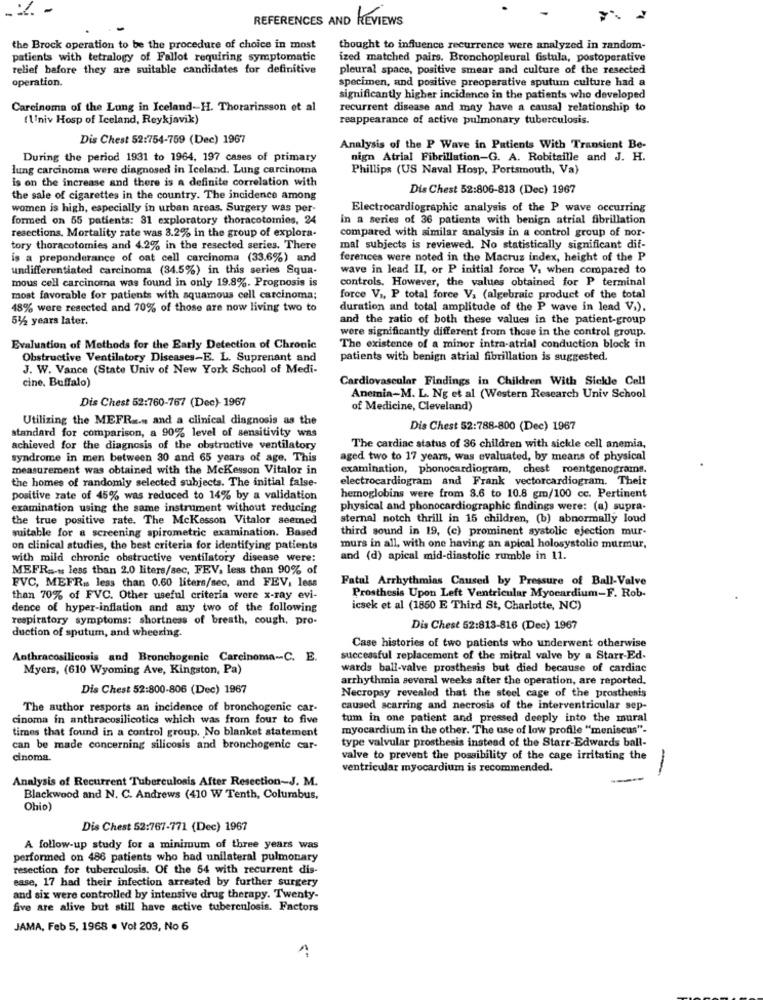
REFERENCES AND REVIEWS
the Brock operation to be the procedure of choice in most
thought to influence recurrence were analyzed in random-
patients with tetralogy of Fallot requiring symptomatic
ized matched pairs. Bronchopleural fistula, postoperative
relief before they are suitable candidates for definitive
pleural space, positive smear and culture of the resected
operation.
specimen, and positive preoperative sputum culture had a
significantly higher incidence in the patients who developed
Carcinoma of the Lung in Iceland-H. Thorarinsson et al
recurrent disease and may have a causal relationship to
(Univ Hosp of Iceland, Reykjavik)
reappearance of active pulmonary tuberculosis.
Dis Chest 52:754-759 (Dec) 1967
Analysis of the P Wave in Patients With Transient Be-
During the period 1931 to 1964, 197 cases of primary
nign Atrial Fibrillation-G. A. Robitaille and J. H.
lung carcinoma were diagnosed in Iceland. Lung carcinoma
Phillips (US Naval Hosp, Portsmouth, Va)
is on the increase and there is a definite correlation with
Dis Chest 52:806-818 (Dec) 1967
the sale of cigarettes in the country. The incidence among
women is high, especially in urban areas. Surgery was per-
Electrocardiogramanalysis of the P wave occurring
formed on 55 patients: 31 exploratory thoracotomies, 24
in a series of 36 patients with benign atrial fibrillation
resections, Mortality rate was 3.2% in the group of explora-
compared with similar analysis in a control group of nor-
tory thoracotomies and 4.2% in the resected series. There
mal subjects is reviewed. No statistically significant dif-
is a preponderance of oat cell carcinoma (33.6%) and
ferences were noted in the Macruz index, height of the P
undifferentiated carcinoma (34.5%) in this series Squa-
wave in lead II, or P initial force V. when compared to
mous cell carcinoma was found in only 19.8%. Prognosis is
controls. However, the values obtained for P terminal
most favorable for patients with squamous cell carcinoma;
force V ., P total force V. (algebraic product of the total
48% were resected and 70% of those are now living two to
duration and total amplitude of the P wave in lead V.).
54/2 years later.
and the ratio of both these values in the patient-group
were significantly different from those in the control group.
Evaluation of Methods for the Early Detection of Chronic
The existence of a minor intra-atrial conduction block in
Obstructive Ventilatory Diseases-E. L. Suprenant and
patients with benign atrial fibrillation is suggested.
J. W. Vance (State Univ of New York School of Medi-
cine, Buffalo)
Cardiovascular Findings in Children With Sickle Cell
Anemia-M. L. Ng et al (Western Research Univ School
Dis Chest 52:760-767 (Dec)- 1967
of Medicine, Cleveland)
Utilizing the MEFR .... and a clinical diagnosis as the
standard for comparison, a 90% level of sensitivity was
Dis Chest 52:788-800 (Dec) 1967
achieved for the diagnosis of the obstructive ventilatory
The cardiac status of 36 children with sickle cell anemia,
syndrome in men between 30 and 65 years of age. This
aged two to 17 years, was evaluated, by means of physical
measurement was obtained with the Mckesson Vitalor in
examination, phonocardiogram, chest roentgenograms.
the homes of randomly selected subjects. The initial false-
electrocardiogram and Frank vectorcardiogram. Theit
positive rate of 45% was reduced to 14% by a validation
hemoglobins were from 8.6 to 10.8 gm/100 cc. Pertinent
examination using the same instrument without reducing
physical and phonocardiographic findings were: (a) supra-
the true positive rate. The Mckesson Vitalor seemed
sternal notch thrill in 15 children, (b) abnormally loud
suitable for a screening spirometric examination. Based
third sound in 19, (c) prominent systolic ejection mur-
on clinical studies, the best criteria for identifying patients
murs in all, with one having an apical holosystolic murmur,
with mild chronic obstructive ventilatory disease were:
and (d) apical mid-diastolic rumble in 11.
MEFR =-=: less than 2.0 liters/sec, FEV. less than 90% of
FVC, MEFR .. less than 0.60 liters/sec, and FEV. less
Fatal Arrhythmias Caused by Pressure of Ball-Valve
Prosthesis Upon Left Ventricular Myocardium-F. Rob-
than 70% of FVC. Other useful criteria were x-ray evi-
dence of hyper-inflation and any two of the following
icsek et al (1850 E Third St, Charlotte, NC)
respiratory symptoms: shortness of breath, cough, pro-
duction of sputum, and wheezing.
Dis Chest 52:813-816 (Dec) 1967
Case histories of two patients who underwent otherwise
Anthracosilicosis and Bronchogenic Carcinoma -- C. E.
successful replacement of the mitral valve by a Starr-Ed-
Myers, (610 Wyoming Ave, Kingston, Pa)
wards ball-valve prosthesis but died because of cardiac
arrhythmia several weeks after the operation, are reported.
Dis Chest 52:800-806 (Dec) 1967
Necropsy revealed that the steel cage of the prosthesis
The author resports an incidence of bronchogenic car-
caused scarring and necrosis of the interventricular sep-
cinoma in anthracosilicotica which was from four to five
tum in one patient and pressed deeply into the mural
times that found in a control group. No blanket statement
myocardium in the other. The use of low profile "meniscus".
type valvular prosthesis instead of the Starr-Edwards ball-
can be made concerning silicosis and bronchogenic car-
cinoma.
valve to prevent the possibility of the cage irritating the
ventricular myocardium is recommended.
-
Analysis of Recurrent Tuberculosis After Resection-J. M.
Blackwood and N. C. Andrews (410 W Tenth, Columbus,
Ohio)
Dis Chest 52:767-771 (Dec) 1967
A follow-up study for a minimum of three years was
performed on 486 patients who had unilateral pulmonary
resection for tuberculosis. Of the 54 with recurrent dis-
ease, 17 had their infection arrested by further surgery
and six were controlled by intensive drug therapy. Twenty-
five are alive but still have active tuberculosis. Factors
JAMA, Feb 5, 1968 . Vol 203, No 6
1